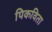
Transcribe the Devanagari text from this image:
पिकविता